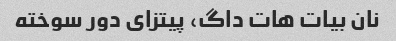
نان بیات هات داگ، پیتزای دور سوخته